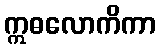
ဣဓလောကိကာ